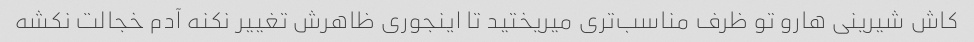
کاش شیرینی هارو تو ظرف مناسب‌تری میریختید تا اینجوری ظاهرش تغییر نکنه آدم خجالت نکشه